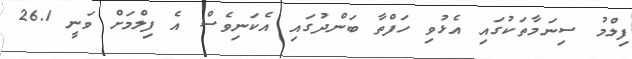
ފިލްމު ސިނަމާތަކުގައި އެޅުވި ހަފްތާ ބަންދުގައި އެކަނިވެސް އެ ފިލްމަށް ވަނީ 26.1